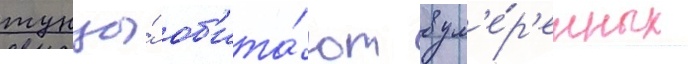
тунцы́ об'ита́ют в ум'е́р'енных